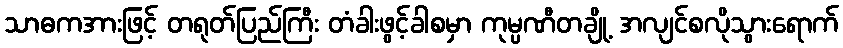
သာဓကအားဖြင့် တရုတ်ပြည်ကြီး တံခါးဖွင့်ခါစမှာ ကုမ္ပဏီတချို့ အလျင်စလိုသွားရောက်